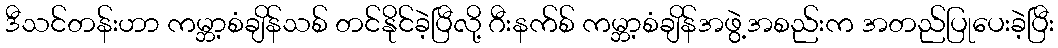
ဒီသင်တန်းဟာ ကမ္ဘာ့စံချိန်သစ် တင်နိုင်ခဲ့ပြီလို့ ဂီးနက်စ် ကမ္ဘာ့စံချိန်အဖွဲ့အစည်းက အတည်ပြုပေးခဲ့ပြီး